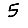
Digit: 5